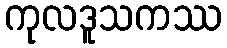
ကုလဒူသကဿ